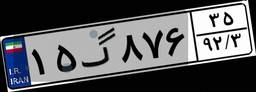
۱۵گ۸۷۶۳۵